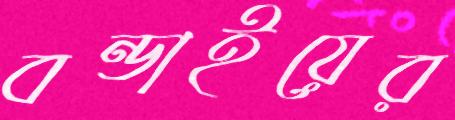
বন্ডাইয়ের